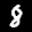
Label: 8